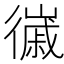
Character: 𢖌